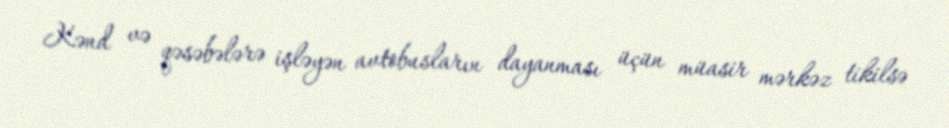
Kənd və qəsəbələrə işləyən avtobusların dayanması üçün müasir mərkəz tikilsə